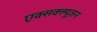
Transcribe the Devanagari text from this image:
एक्सक्ल्यूज़न